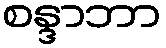
စန္ဒာဘာ